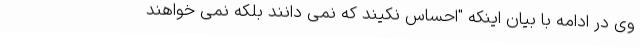
وی در ادامه با بیان اینکه "احساس نکیند که نمی دانند بلکه نمی خواهند